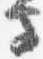
寺